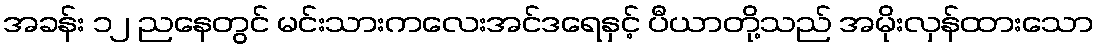
အခန်း ၁၂ ညနေတွင် မင်းသားကလေးအင်ဒရေနှင့် ပီယာတို့သည် အမိုးလှန်ထားသော